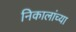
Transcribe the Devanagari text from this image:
निकालांच्या